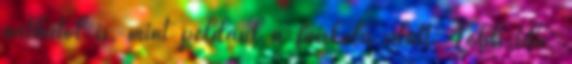
náthától is, mint például a főiskola alatt. Több idő,